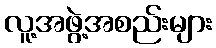
လူ့အဖွဲ့အစည်းများ